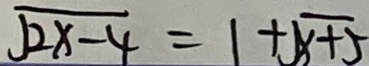
\sqrt { 2 x - 4 } = 1 + \sqrt { x + 5 }